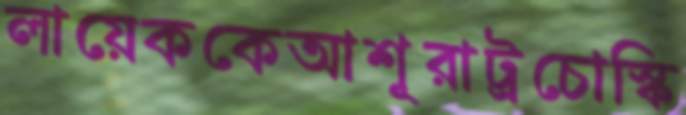
লায়েককেআশূরাট্রচোস্কি